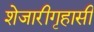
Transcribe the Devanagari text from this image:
शेजारीगृहासी